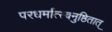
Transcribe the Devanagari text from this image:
परधर्मात्स्वनुष्ठितात्